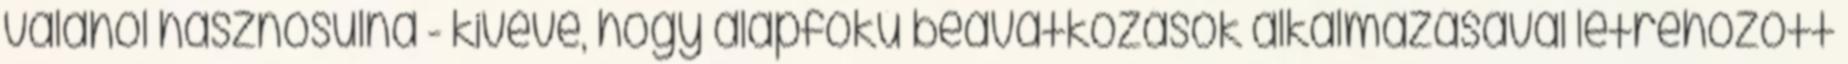
valahol hasznosulna - kivéve, hogy alapfokú beavatkozások alkalmazásával létrehozott